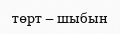
төрт – шыбын